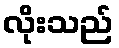
လိုးသည်